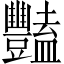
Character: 豔